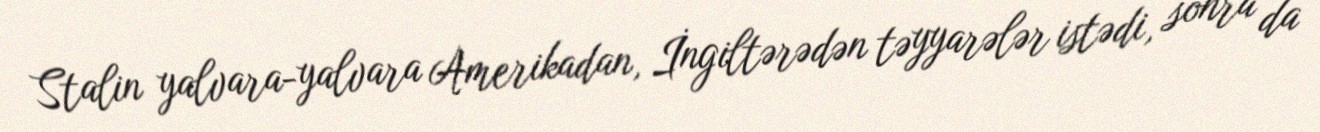
Stalin yalvara-yalvara Amerikadan, İngiltərədən təyyarələr istədi, sonra da